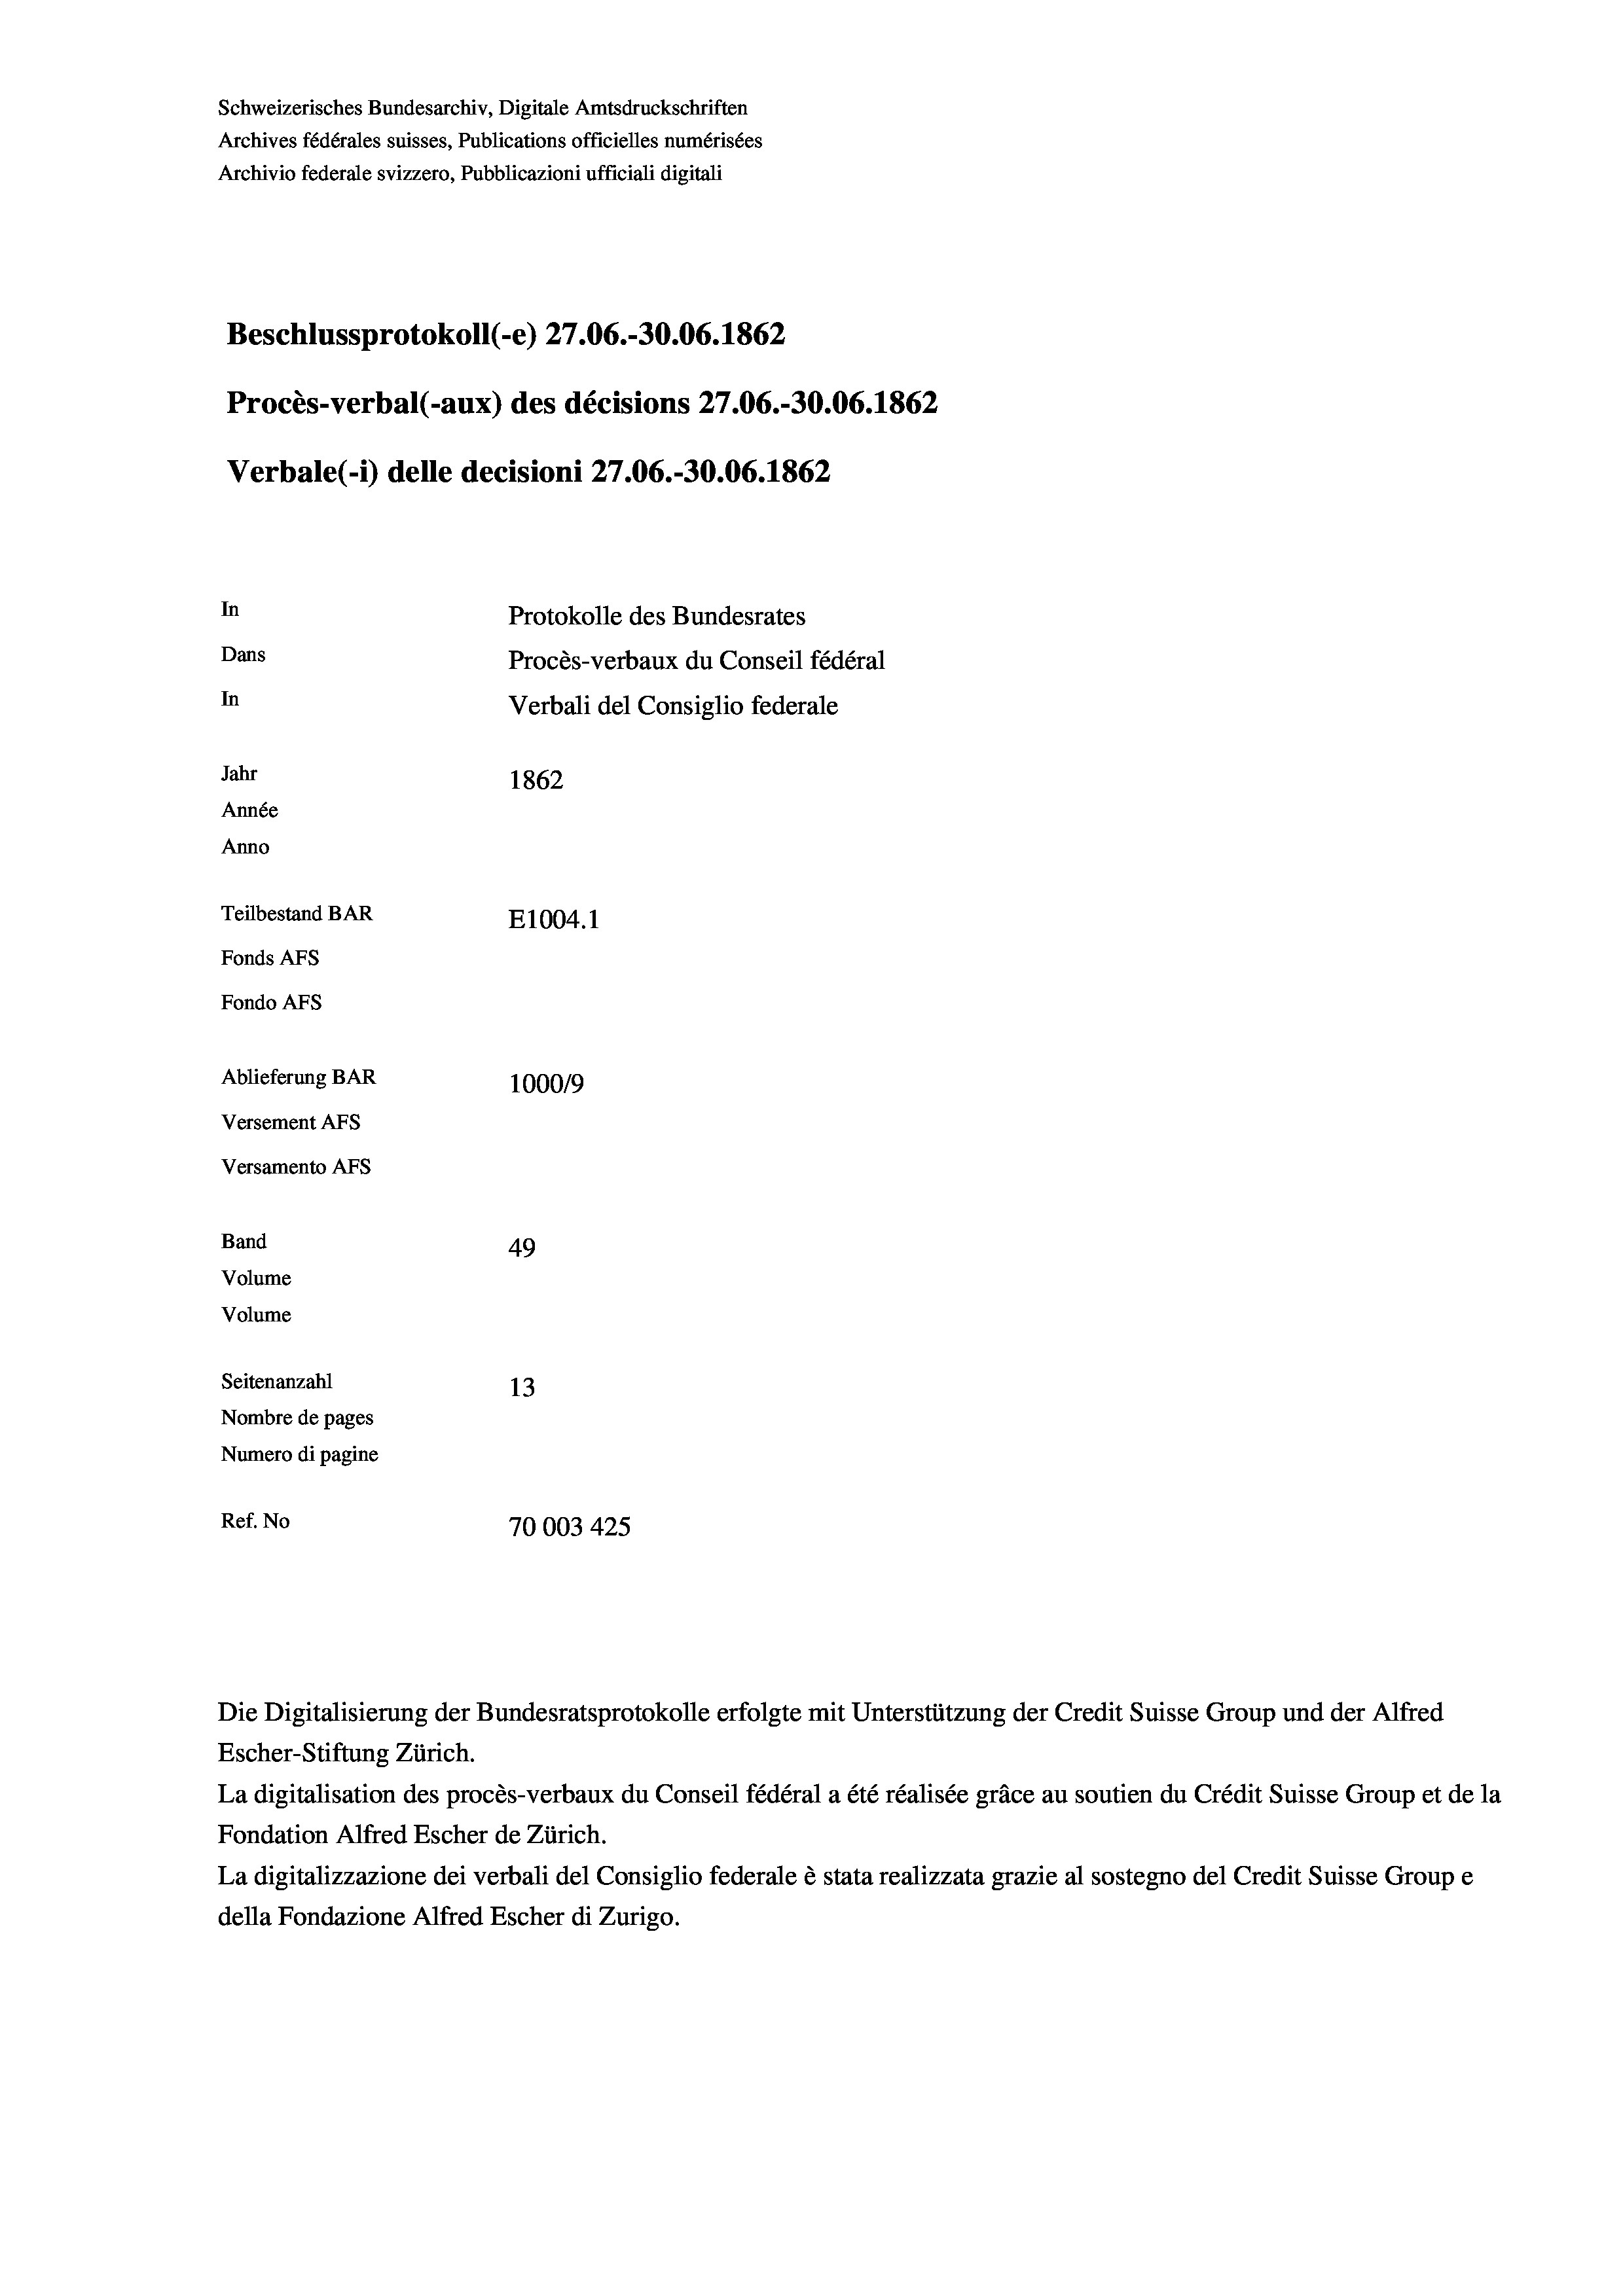
Schweizerisches Bundesarchiv, Digitale Amtsdruckschriften
Archives fédérales suisses, Publications officielles numérisées
Archivio federale svizzero, Pubblicazioni ufficiali digitali
Beschlussprotokoll (-e) 27.06.-30.06. 1862
Procès-verbal (-aux) des décisions 27.06.-30.06. 1862
Verbale (i) delle decisioni 27.06.-30.06. 1862
In
Protokolle des Bundesrates
Dans
Procès-verbaux du Conseil fédéral
In
Verbali del Consiglio federale
Jahr
1862
Année
Anno
Teilbestand BAR
E1004. 1
Fonds AFs
Fondo Afs
Ablieferung BAR
100019
Versement AFs
Versamento Afs
Band
49
Volume
Volume
Seitenanzahl
13
Nombre de pages
Numero di pagine
Ref. No
70003 425

Escher-Stiftung Zürich.
La digitalisation des procès-verbaux du Conseil fédéral a été réalisée gräce au soutien du Crédit Suisse Group et de la
Fondation Alfred Escher de Zürich.
La digitalizzazione dei verbali del Consiglio federale è stata realizzata grazie al sostegno del Credit Suisse Groupe
della Fondazione Alfred Escher di Zurigo.

Die Digitalisierung der Bundesratsprotokolle erfolgte mit Unterstützung der Credit Suisse Group und der Alfred